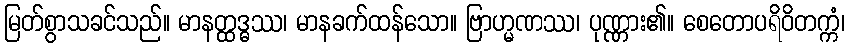
မြတ်စွာသခင်သည်။ မာနတ္ထဒ္ဓဿ၊ မာနခက်ထန်သော။ ဗြာဟ္မဏဿ၊ ပုဏ္ဏား၏။ စေတောပရိဝိတက္ကံ၊